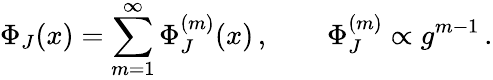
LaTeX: \Phi_{J}(x)=\sum_{m=1}^{\infty}\Phi_{J}^{(m)}(x)\, ,\qquad\Phi_{J}^{(m)}\propto g^{m-1}\, .